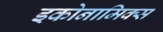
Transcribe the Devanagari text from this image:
इकोनामिक्स